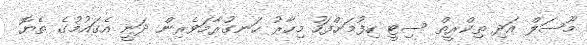
މޫސަލް އަދި ތިކްރީތް ސިޓީ ހިފުމަށްފަހު މިހާރު ހަނގުރާމަވެރިން ދަނީ އެގައުމުގެ ތެޔޮ